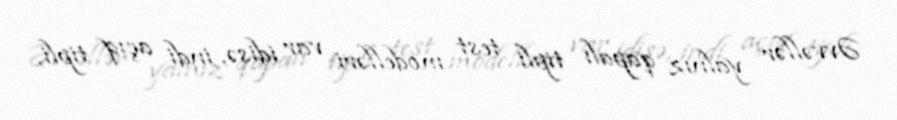
Əvvəllər yalnız qapalı tipli test modelləri var idisə, indi açıq tipli,